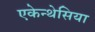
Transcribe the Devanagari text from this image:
एकेन्थेसिया